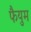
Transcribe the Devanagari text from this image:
फैयुम